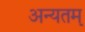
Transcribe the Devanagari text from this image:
अन्यतम्